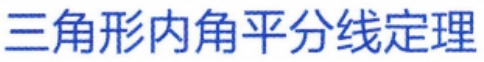
三角形内角平分线定理